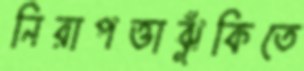
নিরাপত্তাঝুঁকিতে